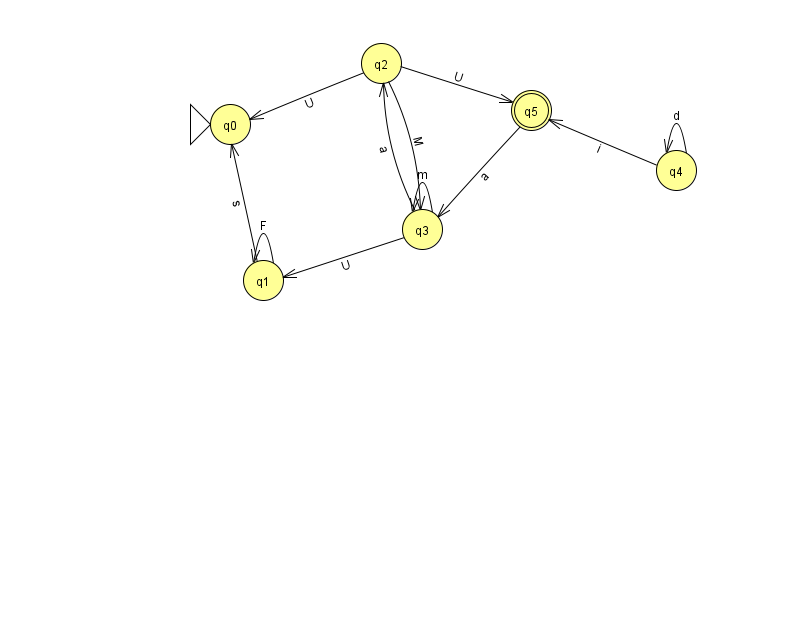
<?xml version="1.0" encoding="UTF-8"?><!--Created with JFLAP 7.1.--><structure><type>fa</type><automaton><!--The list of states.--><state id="0" name="q0"><x>230.0</x><y>111.0</y><initial/></state><state id="1" name="q1"><x>263.0</x><y>267.0</y></state><state id="2" name="q2"><x>381.0</x><y>50.0</y></state><state id="3" name="q3"><x>422.0</x><y>216.0</y></state><state id="4" name="q4"><x>676.0</x><y>157.0</y></state><state id="5" name="q5"><x>531.0</x><y>97.0</y><final/></state><!--The list of transitions.--><transition><from>2</from><to>3</to><read>M</read></transition><transition><from>4</from><to>4</to><read>d</read></transition><transition><from>1</from><to>1</to><read>F</read></transition><transition><from>2</from><to>5</to><read>U</read></transition><transition><from>1</from><to>0</to><read>s</read></transition><transition><from>3</from><to>2</to><read>a</read></transition><transition><from>3</from><to>1</to><read>U</read></transition><transition><from>5</from><to>3</to><read>a</read></transition><transition><from>2</from><to>0</to><read>U</read></transition><transition><from>4</from><to>5</to><read>i</read></transition><transition><from>3</from><to>3</to><read>m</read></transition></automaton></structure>